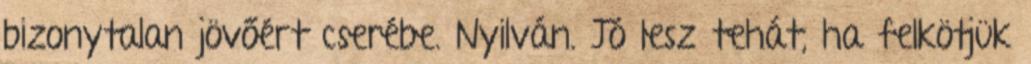
bizonytalan jövőért cserébe. Nyilván. Jó lesz tehát, ha felkötjük